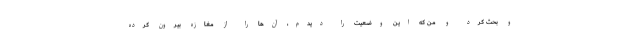
و بحث کرد و من که این وضعیت را دیدم، آن‌ها را از مغازه بیرون کرده